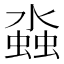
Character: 𬠤